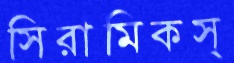
সিরামিকস্